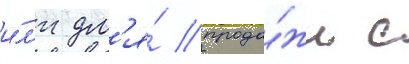
и́л'и дл'я́ прода́жи с